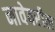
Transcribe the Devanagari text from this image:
नावेवरील